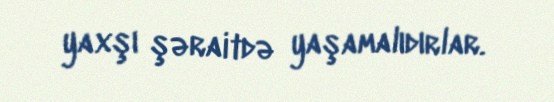
yaxşı şəraitdə yaşamalıdırlar.